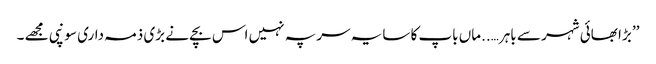
’’ بڑا بھائی شہر سے باہر…..ماں باپ کا سایہ سر پہ نہیں اس بچے نے بڑی ذمہ داری سونپی مجھے ۔